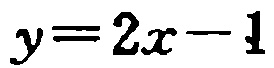
\(y = 2x - 1\)